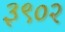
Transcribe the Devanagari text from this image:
३९०२